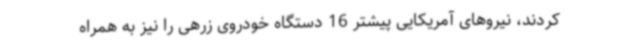
کردند، نیروهای آمریکایی پیشتر 16 دستگاه خودروی زرهی را نیز به همراه